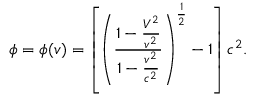
\phi = \phi ( v ) = \left[ \left( \frac { { 1 - \frac { V ^ { 2 } } { v ^ { 2 } } } } { { 1 - \frac { v ^ { 2 } } { c ^ { 2 } } } } \right) ^ { \frac { 1 } { 2 } } - 1 \right] c ^ { 2 } .